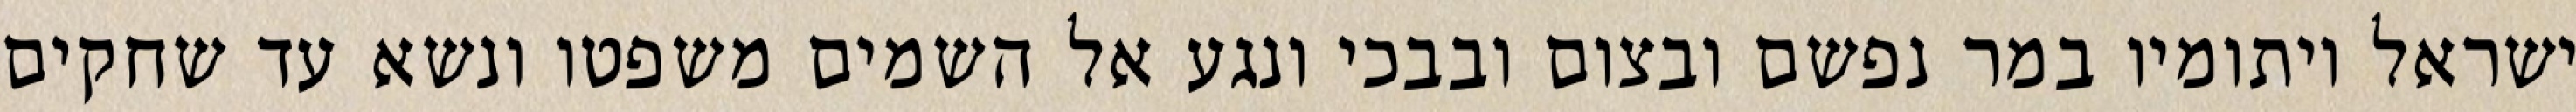
ישראל ויתומיו במר נפשם ובצום ובבכי ונגע אל השמים משפטו ונשא עד שחקים